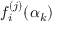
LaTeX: f _ { i } ^ { ( j ) } ( \alpha _ { k } )